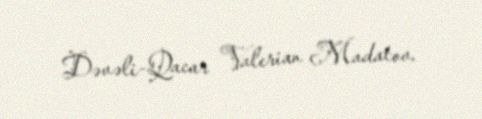
Dəvəli-Qacar Valerian Madatov.